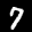
Label: 7